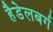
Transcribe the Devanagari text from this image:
हैडेलबर्ग